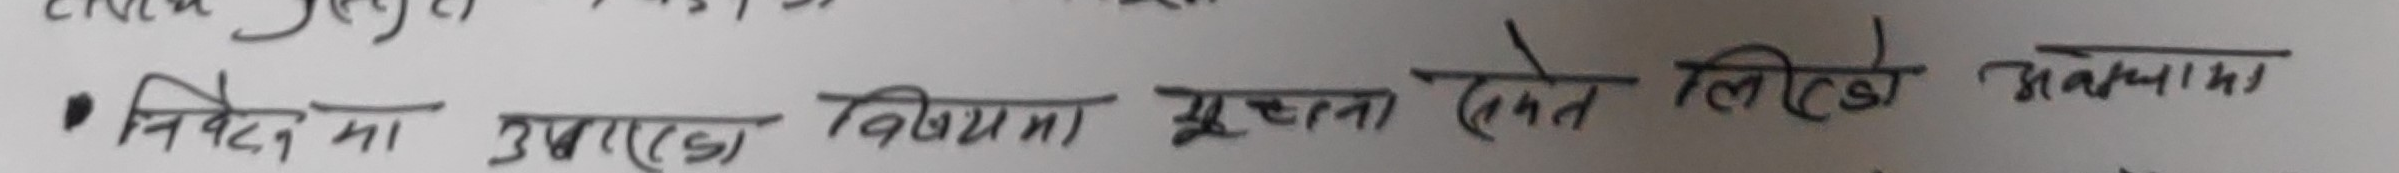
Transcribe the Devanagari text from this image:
• निवेदन मा उभएका विषयमा स्पष्टता दिने लेखेको अवस्थामा